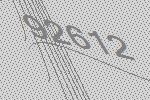
92612